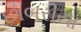
છાબરીયા